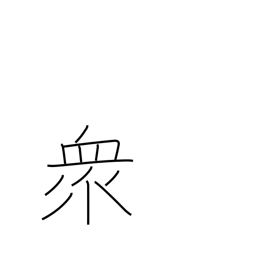
Meaning: multitude